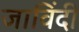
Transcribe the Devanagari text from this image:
जाविंदी